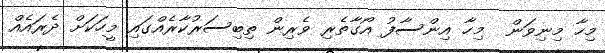
މިހާ މިނިވަން  މިހާ އިންސާފު އޯގާތެރި ވެރިން ތިބިސަރުކާރެއްގައި މީހަކަށް ދެރައެއް